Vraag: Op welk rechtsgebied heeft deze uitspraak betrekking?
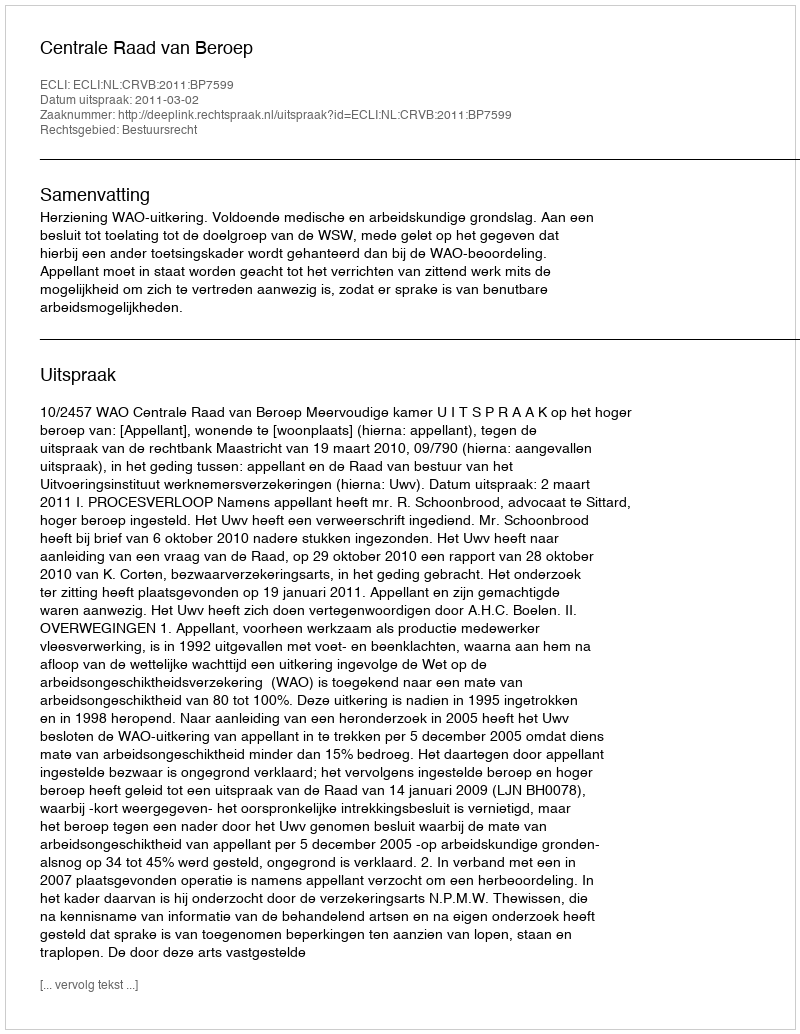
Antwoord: Bestuursrecht